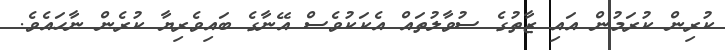
ކުރިން ކުރަމުން އައި ޒާތުގެ ސުވާލުތައް އެކަކުވެސް އޭނާގެ ބައިވެރިޔާ ކުރެން ނާހައެވެ.